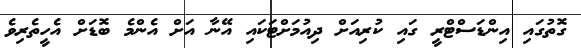
ގޮތުގައި އިންޑަސްޓްރީ ގައި ކުރިއަށް ދިއުމަށްޓަކައި އޭނާ އަށް އެންމެ ބޮޑަށް އެހީތެރިވެ